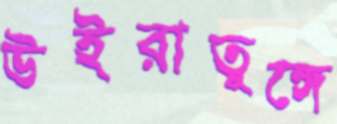
উইরাতুঙ্গে